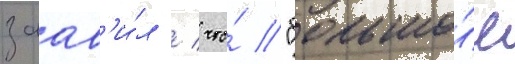
заав'и́л / что́ "большо́е